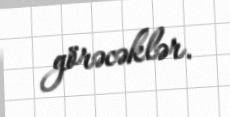
görəcəklər.